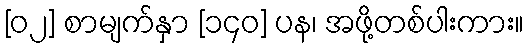
[၀၂] စာမျက်နှာ [၁၄၀] ပန၊ အဖို့တစ်ပါးကား။